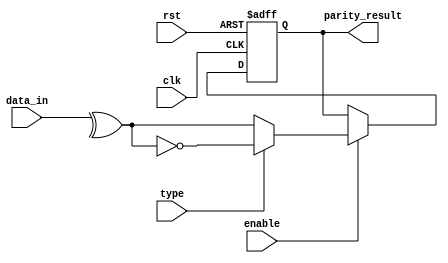
module Parity_Calc(input wire rst,
                   input wire clk,
                   input wire [7:0] data_in,
                   input wire enable,
                   input wire type,
                   output reg parity_result);
    
    localparam  EVEN_PARITY = 1'b0,
    ODD_PARITY = 1'b1;
    
    reg parity_result_comb;
    
    always @(posedge clk or negedge rst)
    begin
        if (!rst)
        begin
            parity_result <= 1'b0;
        end
        else
        begin
            parity_result <= parity_result_comb;
        end
    end
    
    always@(*)
    begin
        // The enable signal lets the parity calculator block know when to process the data on its input data line.
        if (enable)
        begin
            if (type == EVEN_PARITY)
            begin
                parity_result_comb = ^(data_in);
            end
            else
            begin
                parity_result_comb = ~(^(data_in));
            end
        end
        else
        begin
            parity_result_comb = parity_result;
        end
    end
    
endmodule